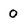
Character: 0